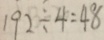
1 9 2 \div 4 = 4 8